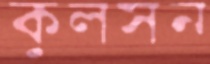
কুলসন